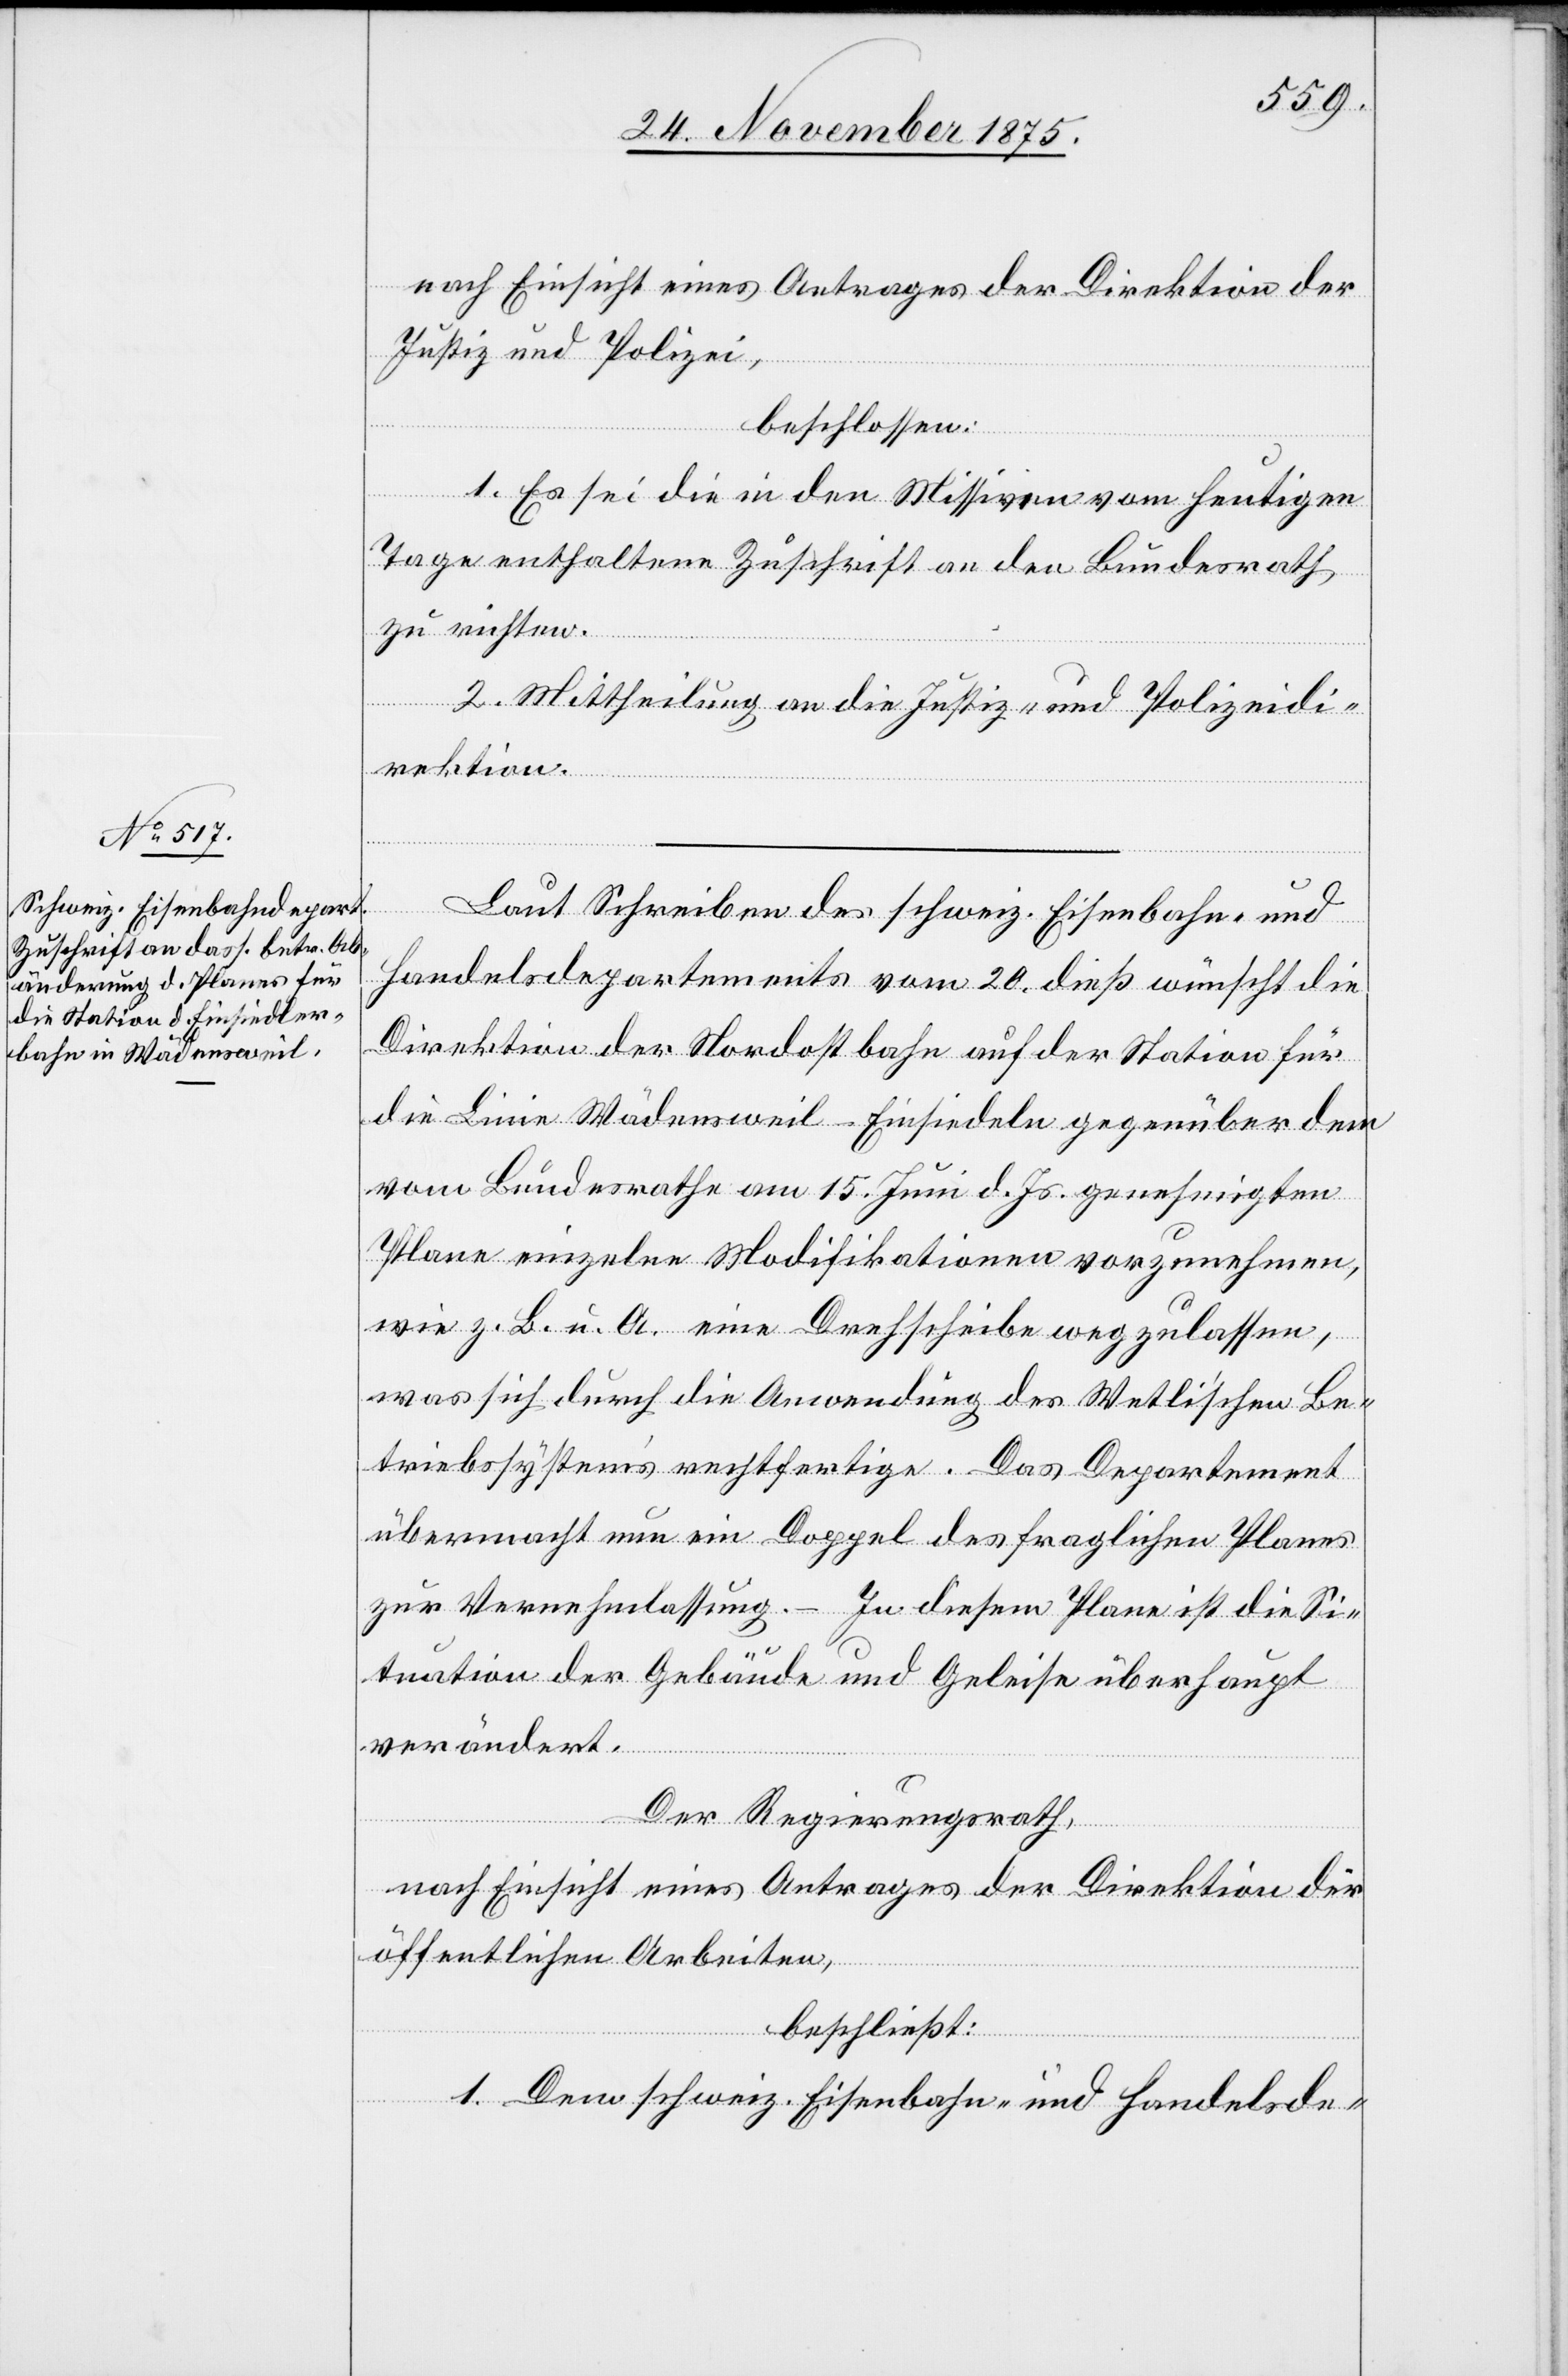
nach Einsicht eines Antrages der Direktion der
Justiz und Polizei,
beschlossen:
1. Es sei die in den Missiven vom heutigen
Tage enthaltene Zuschrift an den Bundesrath
zu richten.
2. Mittheilung an die Justiz- und Polizeidi¬
rektion.
Laut Schreiben des schweiz. Eisenbahn- und
Handelsdepartements vom 20. dieß wünscht die
Direktion der Nordostbahn auf der Station für
die Linie Wädensweil–Einsiedeln gegenüber dem
vom Bundesrathe am 15. Juni d. Js. genehmigten
Plane einzelne Modifikationen vorzunehmen,
wie z. B. u. A. eine Drehscheibe wegzulassen,
was sich durch die Anwendung des Wetli’schen Be¬
triebssystem’s rechtfertige. Das Departement
übermacht nun ein Doppel des fraglichen Planes
zur Vernehmlassung. – In diesem Plane ist die Si¬
tuation der Gebäude und Geleise überhaupt
verändert.
Der Regierungsrath,
nach Einsicht eines Antrages der Direktion der
öffentlichen Arbeiten,
beschließt:
1. Dem schweiz. Eisenbahn- und Handelsde-